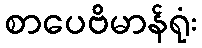
စာပေဗိမာန်ရုံး